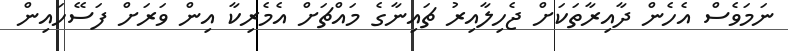
ނަމަވެސް އެހެން ދާއިރާތަކަށް ޖެހިލާއިރު ޗައިނާގެ މައްޗަށް އެމެރިކާ އިން ވަރަށް ފަސޭހައިން